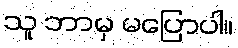
သူ ဘာမှ မပြောပါ။